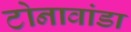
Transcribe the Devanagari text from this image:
टोनावांडा